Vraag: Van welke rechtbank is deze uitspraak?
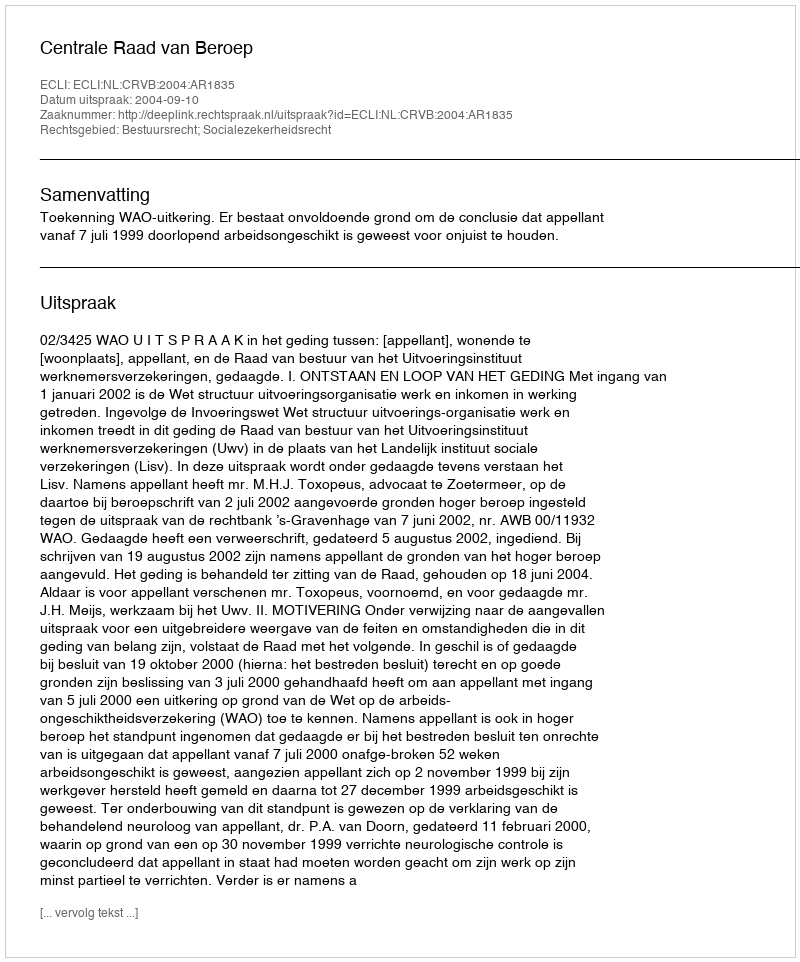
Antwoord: Centrale Raad van Beroep